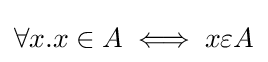
\forall x.x\in A\iff x\varepsilon A